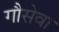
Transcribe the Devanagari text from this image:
गौसेवा